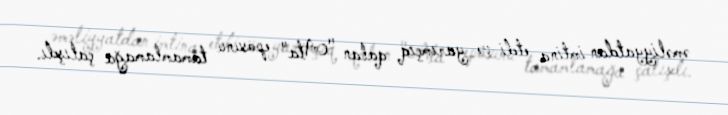
əməliyyatdan imtina etdi və yarımçıq qalan "Ata" eposunu tamamlamağa çalışdı.